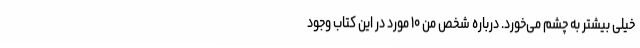
خیلی بیشتر به چشم می‌خورد. درباره شخص من ۱۰ مورد در این کتاب وجود